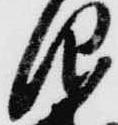
仰